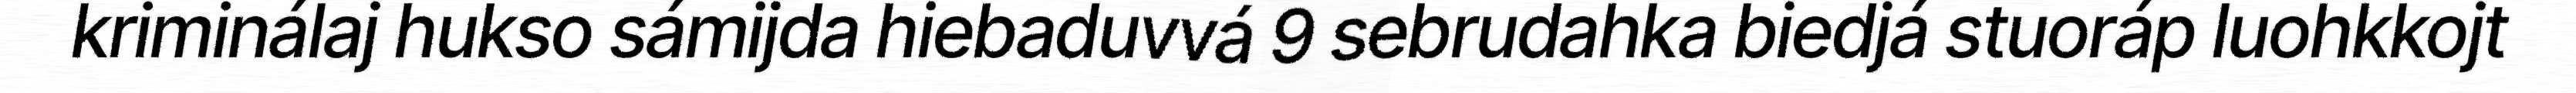
kriminálaj hukso sámijda hiebaduvvá 9 sebrudahka biedjá stuoráp luohkkojt